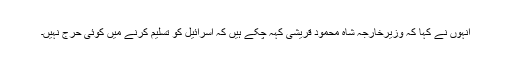
انہوں نے کہا کہ وزیرخارجہ شاہ محمود قریشی کہہ چکے ہیں کہ اسرائیل کو تسلیم کرنے میں کوئی حرج نہیں۔